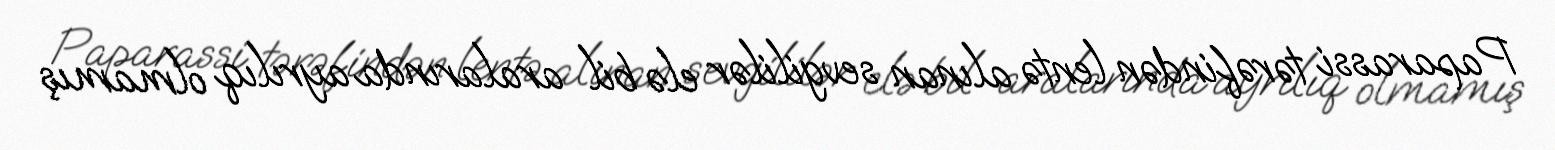
Paparassi tərəfindən lentə alınan sevgililər elə bil aralarında ayrılıq olmamış